Annual administration report of the Civil Veterinary Department of India - 1897-1898
Year: 1897
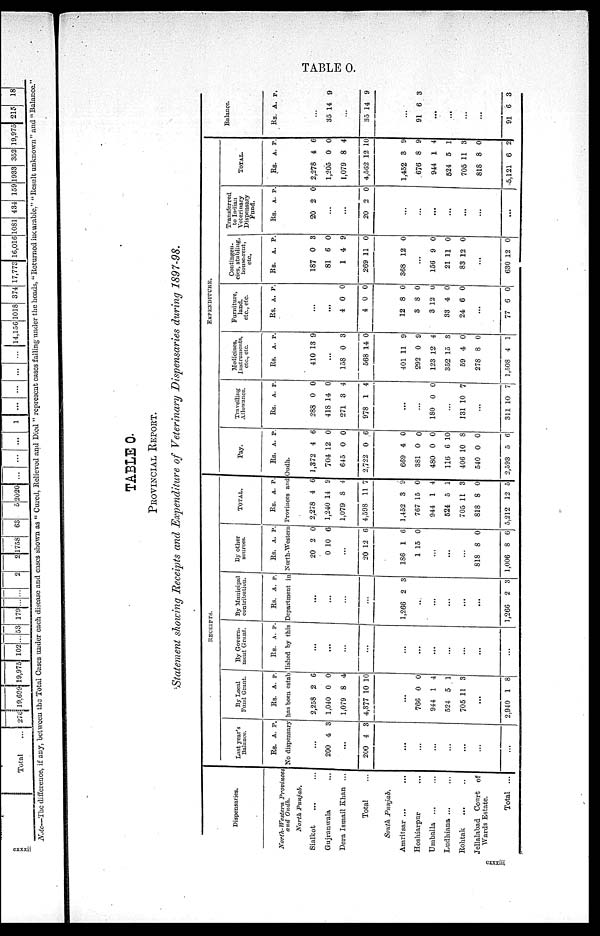
TABLE O.
TABLE O.
PROVINCIAL REPORT.
Statement showing Receipts and Expenditure of Veterinary Dispensaries during 1897-98.
Dispensaries.
North- Western Provinces
and Oudh.
North Punjab.
Sialkot ... ...
Gujranwala ...
Dera Ismail Khan ...
Total ...
South
Punjab.
Amritsar ... ...
Hoshiarpur ...
Umballa ... ...
Ludhiana ... ...
Rohtak ... ...
Jellalabad Court
of
Wards Estate.
Total ...
RECEIPTS.
Last year's
Balance.
Rs. A. P.
By Local Fund Grant
Rs. A. P
By Govern¬
ment Grant
Rs. A. P.
By Municipal
contribution.
Rs. A. P.
By other
sources.
Rs. A. P.
TOTAL.
Rs. A. P.
EXPENDITURE.
Pay.
Rs.
No dispensary has been established by this Department in North-Western Provinces and Oudh.
...
200
...
200
...
...
...
...
...
...
...
4
4
3
3
2,258
1,040
1,079
4,377
...
766
944
524
705
...
2,940
2
0
8
10
0
1
5
11
1
0
0
4
0
0
4
1
3
8
...
...
...
...
...
...
...
...
...
...
...
...
...
...
1,266
..
...
...
...
...
1,266
2
2
3
3
20
0
...
20
186
1
...
...
...
818
1,006
2
10
12
1
15
8
8
0
6
6
6
0
0
6
2,278
1,240
1,079
4.598
1,452
767
944
524
705
818
5,212
4
14
8
11
3
15
1
5
11
8
12
6
9
4
7
9
0
4
1
3
0
5
1,372
704
645
2,722
669
381
480
116
406
540
2,593
A.
4
12
0
0
4
0
0
6 1
10
0
5
P.
6
0
0
6
0
0
0
0
8
0
6
Travelling
Allowance.
Rs.
288
418
271
978
...
...
180
...
131
...
311 1
A. P.
0
14
3
1
0
10
0
0
0
4
4
0
7
7
Medicines
Instruments
etc., etc.
Rs.
410
...
158
568
401
292
123
352
59
278
1,508
A. P.
13
0
14
11
0
12
15
4
8
4
9
3
0
9
9
4
3
0
0
1
Furniture
land
etc., etc.
Rs.
...
...
4
4
12
3
3
33
24
...
77
A. P.
0
0
8
8
12
4
6
6
0
0
0
0
0
0
0
0
Contingen-
cies, stabling,
house-rent,
etc.
Rs.
187
81
1
269
368
...
156
21
83
...
630
A.
0
6
4
11
12
9
11
12
12
P.
3
0
9
0
0
0
0
0
0
Transferred
to Indian
Veterinary
Dispensary
Fund.
Rs.
20
...
...
20
...
...
...
...
...
...
...
A.
2
2
P.
0
0
TOTAL.
Rs.
2,278
1,205
1,079
4,562
1,452
676
944
524
705 1
818
5,121
A.
4
0
8
12
3
8
1
5
1
8
6
P.
6
0
4
10
9
9
4
1
3
0
2
Balan
Rs.
...
35
...
35
...
91
...
...
...
...
91
ce.
A.
14
14
6
6
P.
9
9
3
3